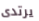
يرتدى